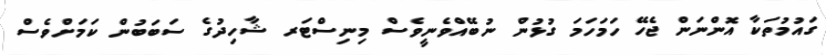
ގައުމުތަކާ އޮންނަން ޖެހޭ ހަމަހަމަ ގުޅުން ނުބޭއްވެނީވެސް މިނިސްޓަރ ޝާހިދުގެ ސަބަބުން ކަމަށްވެސް